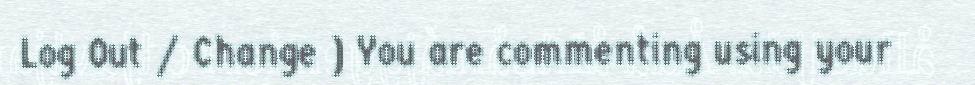
Log Out / Change ) You are commenting using your